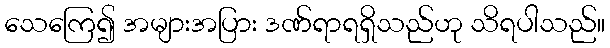
သေကြေ၍ အများအပြား ဒဏ်ရာရရှိသည်ဟု သိရပါသည်။